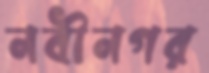
নবীনগর